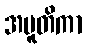
အပူတိကာ